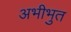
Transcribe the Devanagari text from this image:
अभीभुत